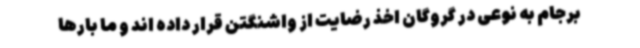
برجام به نوعی در گروگان اخذ رضایت از واشنگتن قرار داده اند و ما بارها